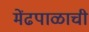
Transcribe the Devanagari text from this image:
मेंढपाळाची